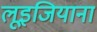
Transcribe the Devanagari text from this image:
लूइजियाना